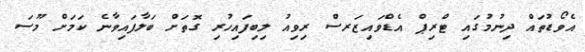
އެވޯޑުތައް ދިނުމުގައި ޓްރިޕް އެޑްވައިޒަރސް ރިވިއު ލިބިފައިހުރި ގޮތަށް ބަލާފައިވާނެ ކަމަށް މޫސަ